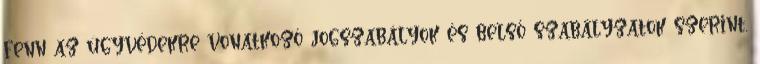
fenn az ügyvédekre vonatkozó jogszabályok és belső szabályzatok szerint,